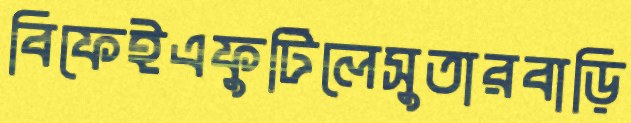
বিফেইএফুটিলেসুতারবাড়ি